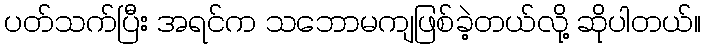
ပတ်သက်ပြီး အရင်က သဘောမကျဖြစ်ခဲ့တယ်လို့ ဆိုပါတယ်။